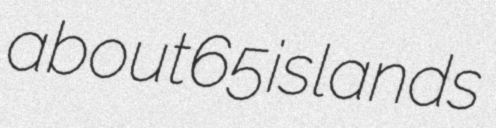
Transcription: about 65 islands